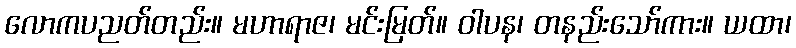
လောကပညတ်တည်း။ မဟာရာဇ၊ မင်းမြတ်။ ဝါပန၊ တနည်းသော်ကား။ ယထာ၊